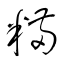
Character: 糒